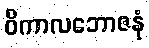
ဝိကာလဘောဇနံ